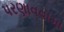
પરણાવવામા